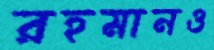
রহমানও